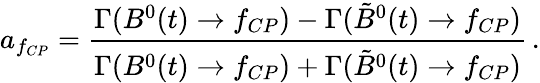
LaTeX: a_{f_{CP}}=\frac{\Gamma(B^{0}(t)\rightarrow f_{CP})-\Gamma(\tilde{B}^{0}(t)\rightarrow f_{CP})}{\Gamma(B^{0}(t)\rightarrow f_{CP})+\Gamma(\tilde{B}^{0}(t)\rightarrow f_{CP})}\, .